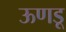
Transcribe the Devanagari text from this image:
ऊणडू